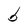
Character: b